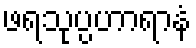
ဖရသုပ္ပဟာရာနံ